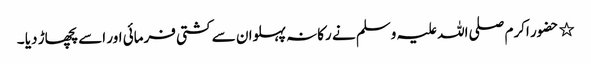
٭ حضور اکرم صلی اللہ علیہ وسلم نے رکانہ پہلوان سے کشتی فرمائی اور اسے پچھاڑ دیا ۔